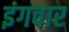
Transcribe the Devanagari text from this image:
इंगवार